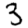
Digit: 3